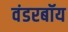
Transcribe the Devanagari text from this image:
वंडरबॉय